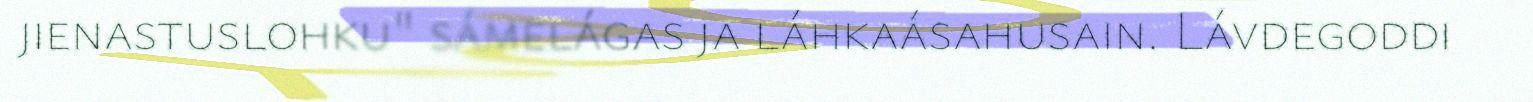
jienastuslohku" sámelágas ja láhkaásahusain. Lávdegoddi